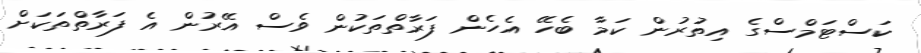
ކަސްޓަމްސްގެ އިތުރުން ކަމާ ބެހޭ އެހެން ފަރާތްތަކުން ވެސް އޭރުން އެ ފަރާތްތަކަށް